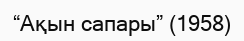
“Ақын сапары” (1958)